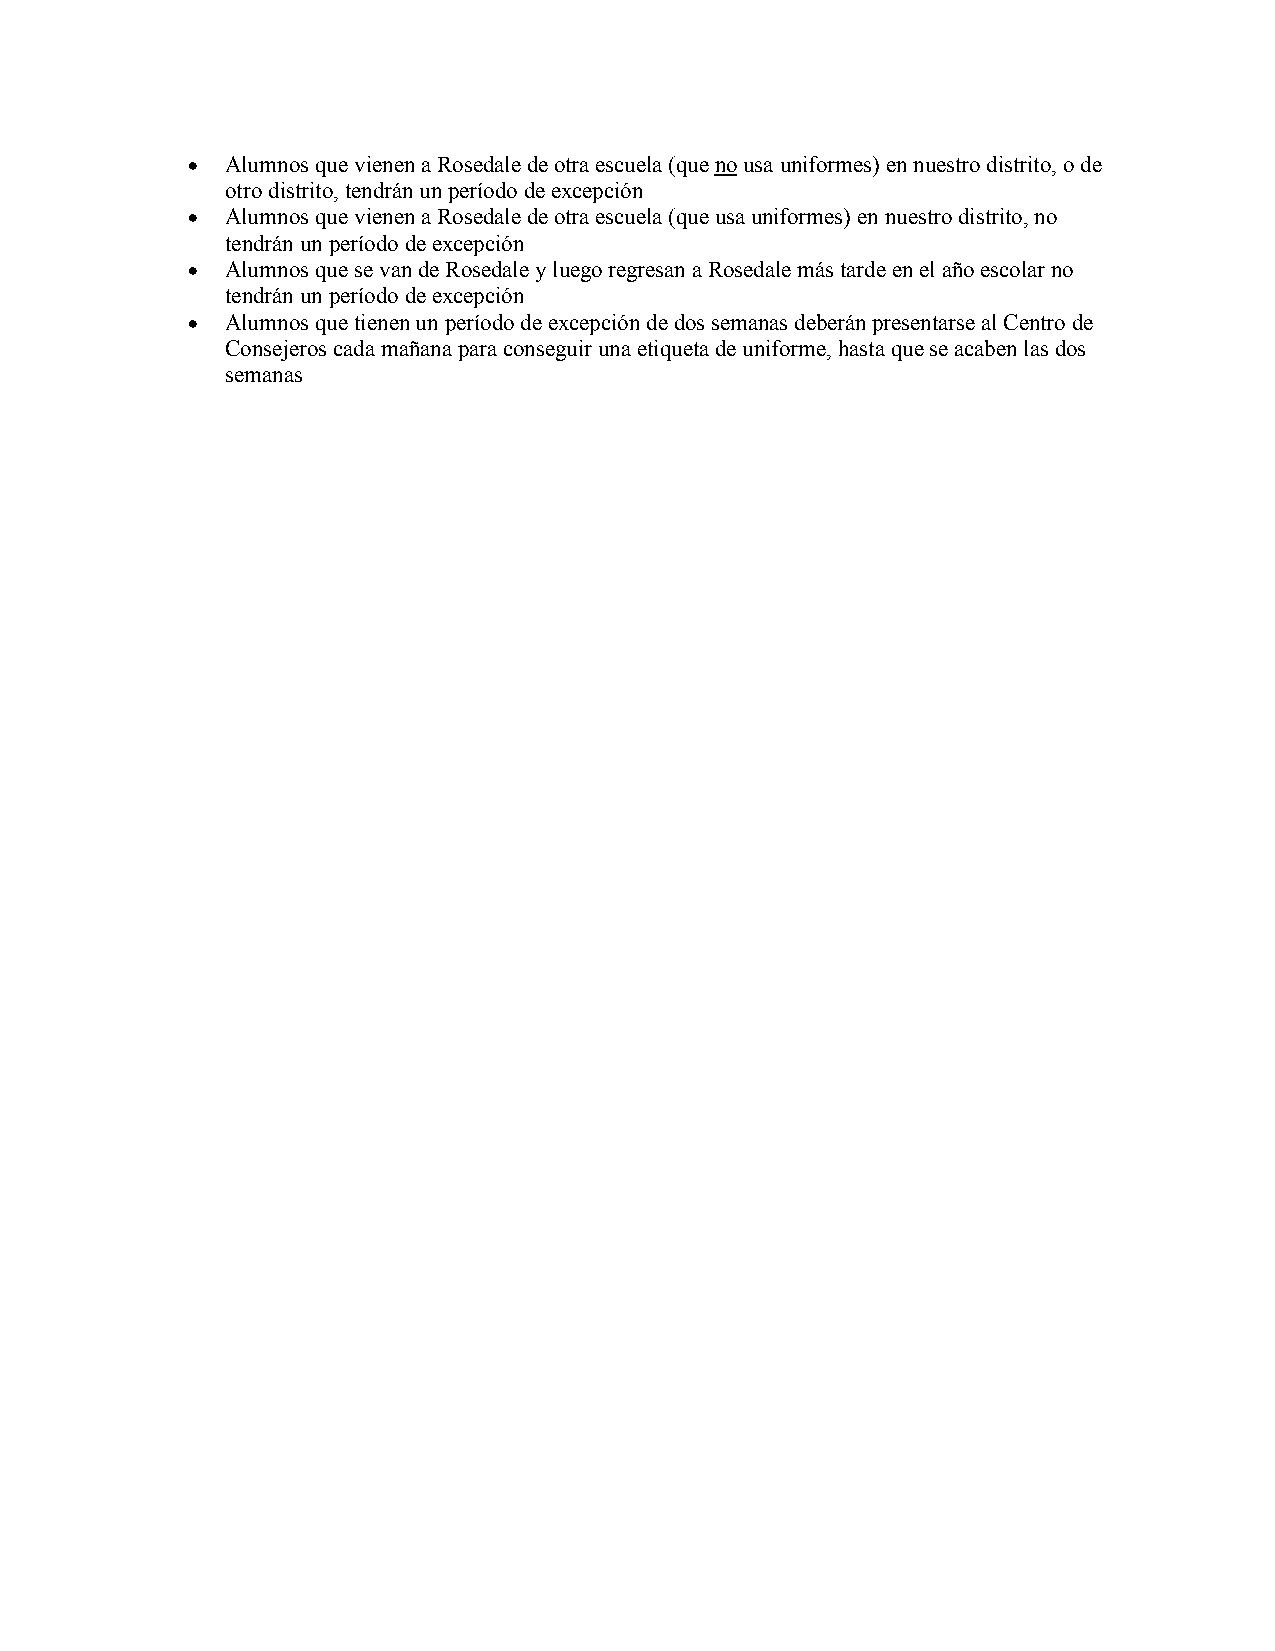
•  Alumnos que vienen a Rosedale de otra escuela (que no usa uniformes) en nuestro distrito, o de
 otro distrito, tendrán un período de excepción
 •  Alumnos que vienen a Rosedale de otra escuela (que usa uniformes) en nuestro distrito, no
 tendrán un período de excepción
 •  Alumnos que se van de Rosedale y luego regresan a Rosedale más tarde en el año escolar no
 tendrán un período de excepción
 •  Alumnos que tienen un período de excepción de dos semanas deberán presentarse al Centro de
 Consejeros cada mañana para conseguir una etiqueta de uniforme, hasta que se acaben las dos
 semanas